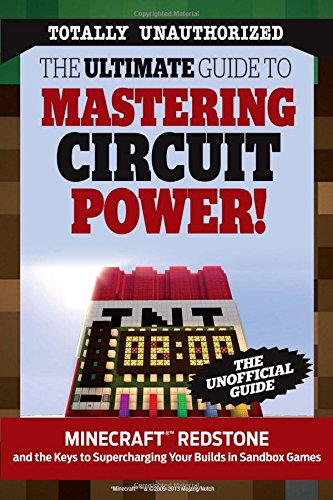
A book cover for The Ultimate Guide to Mastering Circuit Power!: MinecraftÂ®EE¢ Redstone and the Keys to Supercharging Your Builds in Sandbox Games; Triumph Books; Humor & Entertainment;